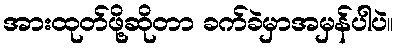
အားထုတ်ဖို့ဆိုတာ ခက်ခဲမှာအမှန်ပါပဲ။